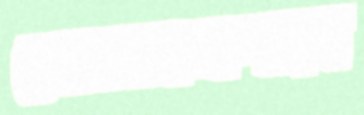
ভোজনপাত্র